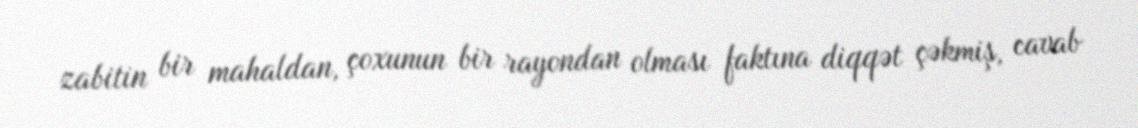
zabitin bir mahaldan, çoxunun bir rayondan olması faktına diqqət çəkmiş, cavab